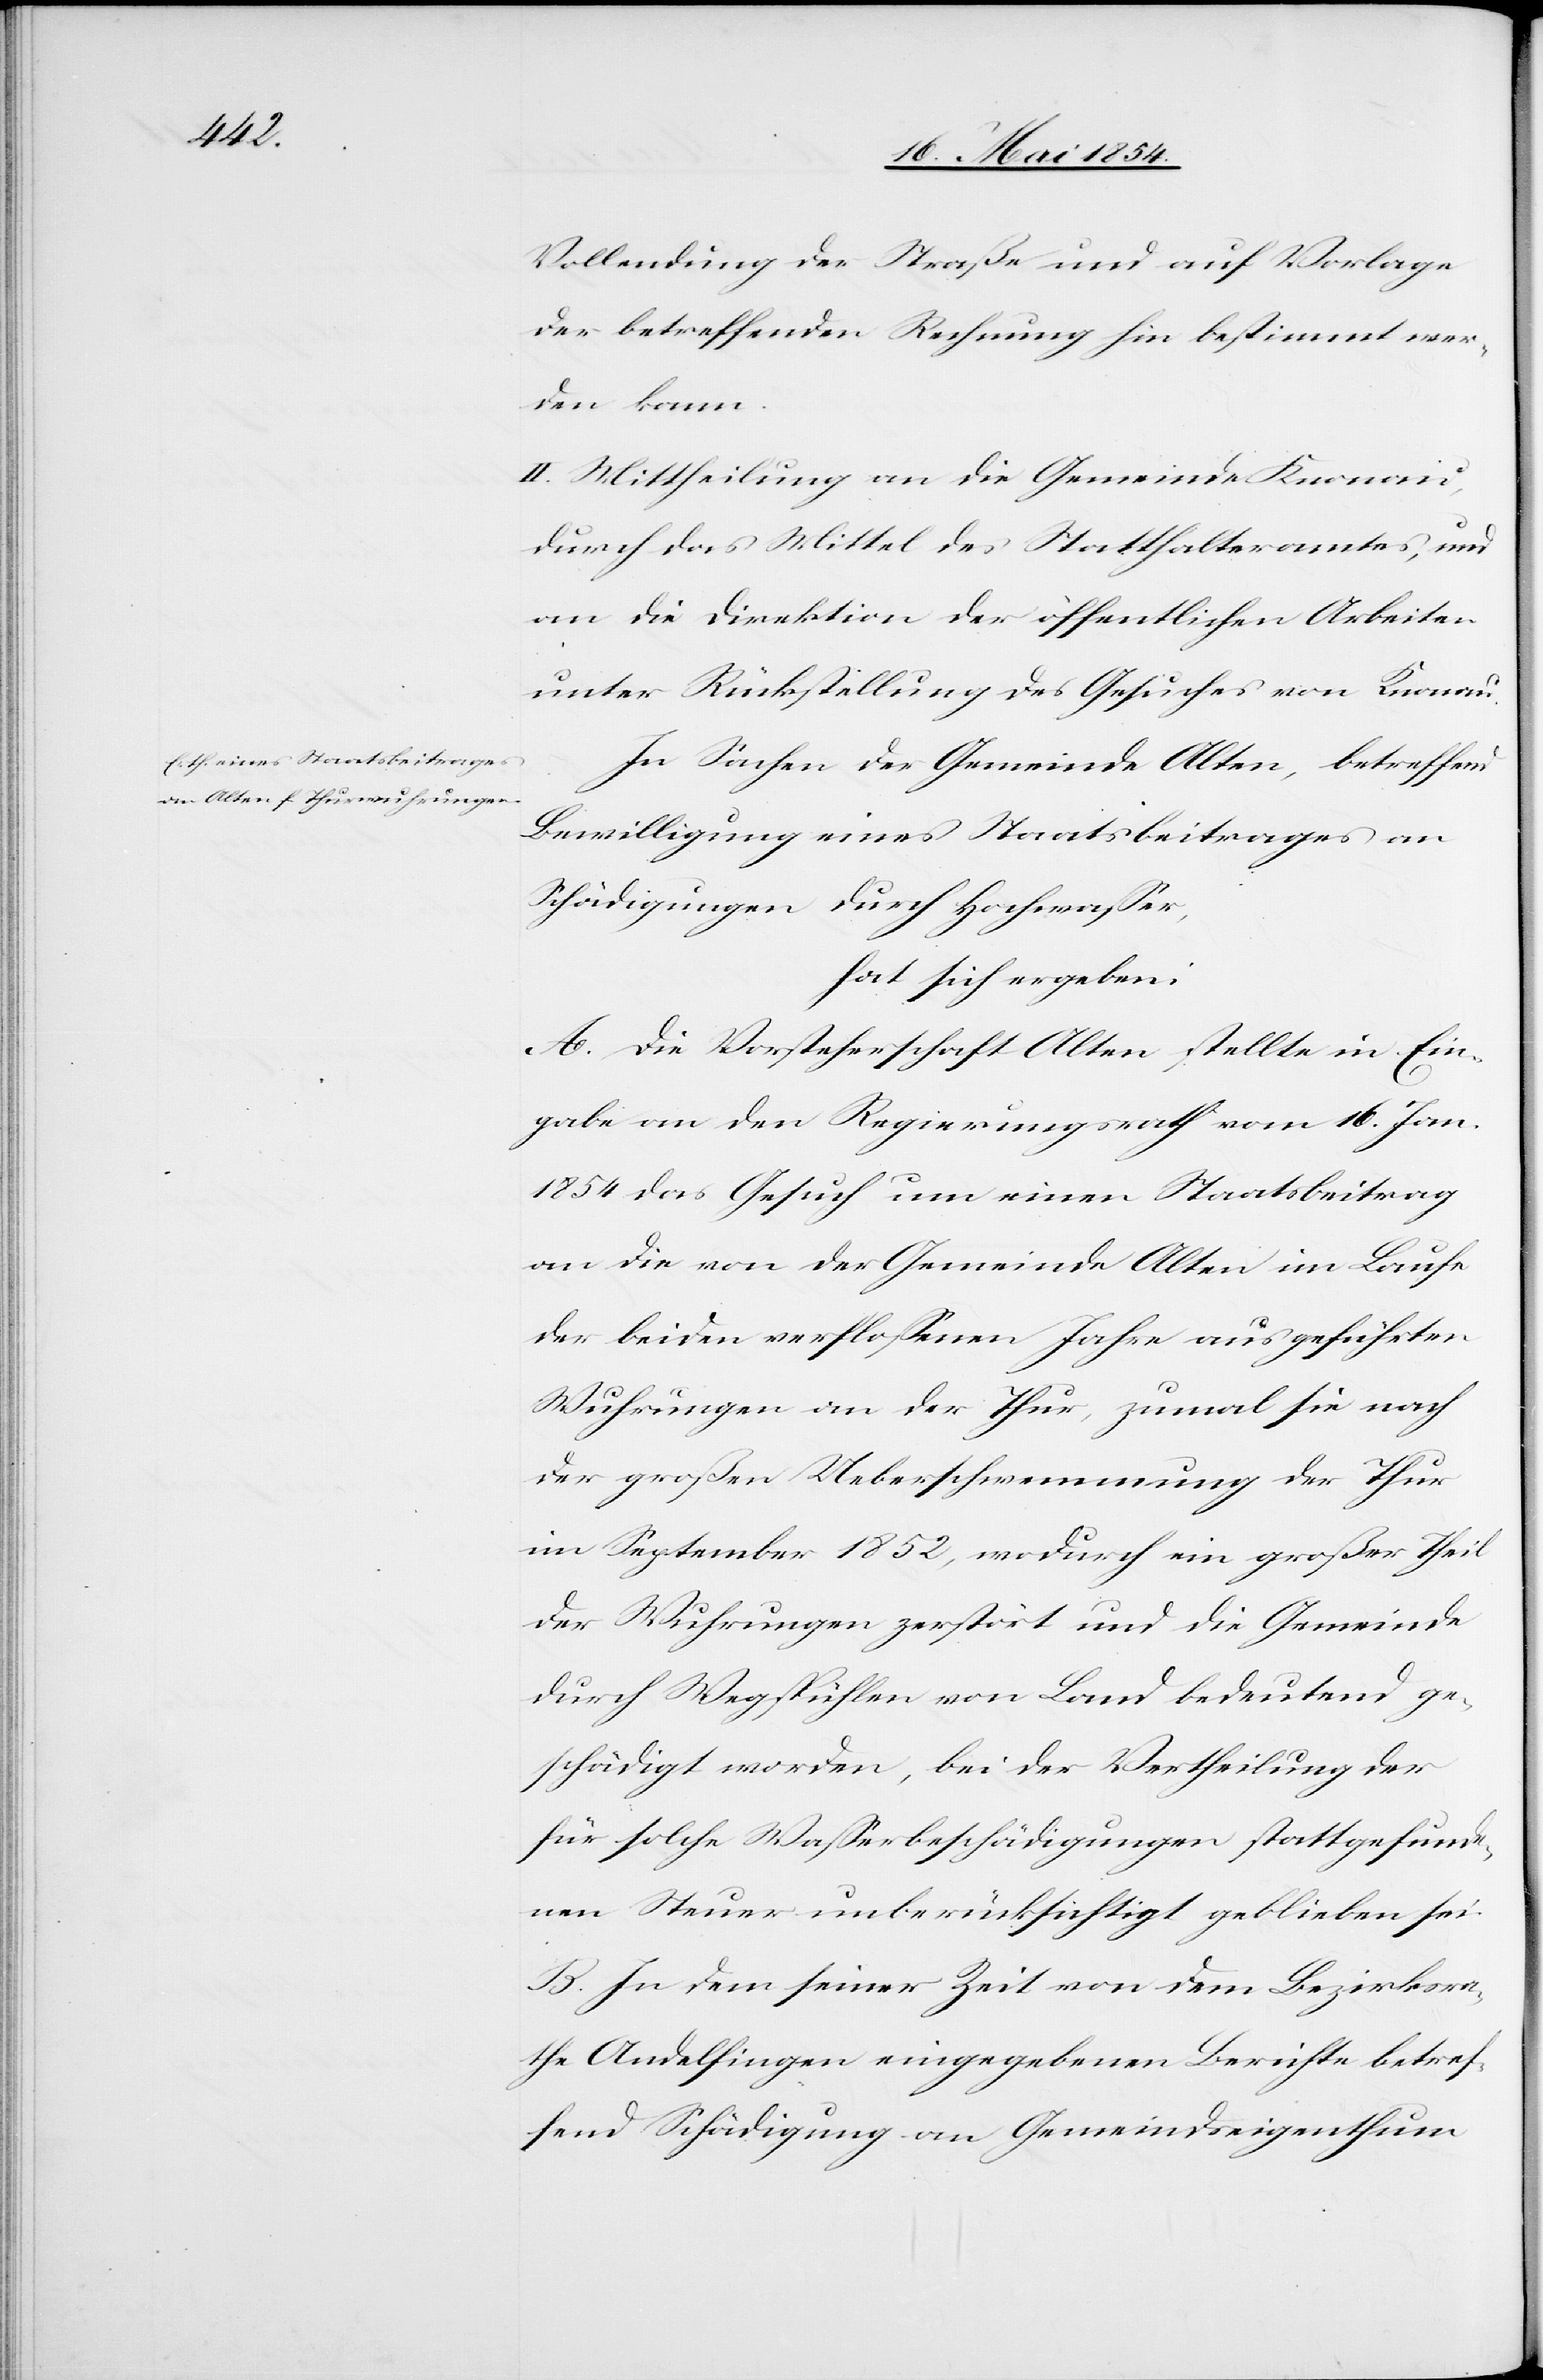
Vollendung der Straße und auf Vorlage
der betreffenden Rechnung hin bestimmt wer¬
den kann.
II. Mittheilung an die Gemeinde Knonau,
durch das Mittel des Statthalteramtes, und
an die Direktion der öffentlichen Arbeiten
unter Rückstellung des Gesuches von Knonau.
In Sachen der Gemeinde Alten, betreffend
Bewilligung eines Staatsbeitrages an
Schädigungen durch Hochwaßer,
hat sich ergeben:
A. Die Vorsteherschaft Alten stellte in Ein¬
gabe an den Regierungsrath am 16. Jan.
1854 das Gesuch um einen Staatsbeitrag
an die von der Gemeinde Alten im Laufe
der beiden verfloßenen Jahre ausgeführten
Wuhrungen an der Thur, zumal sie nach
der großen Ueberschwemmung der Thur
im September 1852, wodurch ein großer Theil
der Wuhrungen zerstört und die Gemeinde
durch Wegspühlen von Land bedeutend ge¬
schädigt worden, bei der Vertheilung der
für solche Waßerbeschädigungen stattgefunde¬
nen Steuer unberücksichtigt geblieben sei.
B. In dem seiner Zeit von dem Bezirksra¬
the Andelfingen eingegebenen Berichte betref¬
fend Schädigung an Gemeindseigenthum